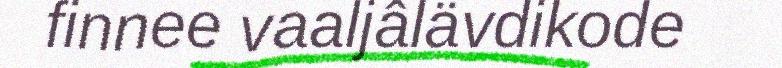
finnee vaaljâlävdikode